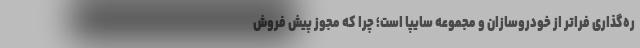
ره‌گذاری فراتر از خودروسازان و مجموعه سایپا است؛ چرا که مجوز پیش فروش